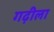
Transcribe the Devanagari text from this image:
गढ़ीला